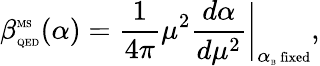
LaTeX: \beta_{\mathrm{\tiny{QED}}}^{\mathrm{\tiny{MS}}}(\alpha)=\frac{1}{4\pi}\mu^{2}\frac{d\alpha}{d\mu^{2}}\biggr|_{\alpha_{\mathrm{\tiny{B}}}\mathrm{\scriptsize{~fixed}}},